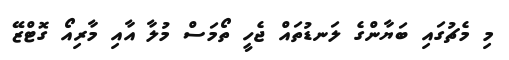
މި މެޗުގައި ބަޔާންގެ ލަނޑުތައް ޖެހީ ތޯމަސް މުލާ އާއި މާރިއޯ ގޮޓްޒޭ